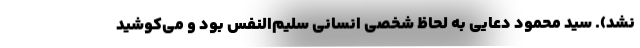
نشد). سید محمود دعایی به لحاظ شخصی انسانی سلیم‌النفس بود و می‌کوشید